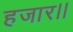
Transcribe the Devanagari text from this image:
हजार।।